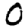
Digit: 0